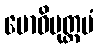
ဗောဓိမုတ္တမံ